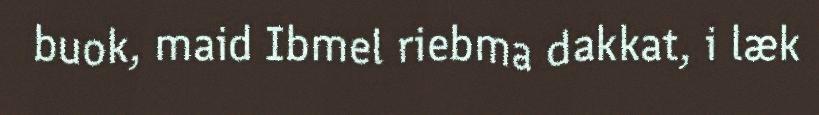
buok, maid Ibmel riebma dakkat, i læk